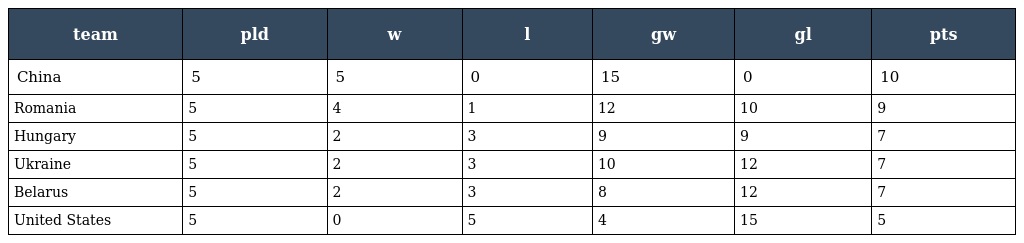
| team | pld | w | l | gw | gl | pts |
 | --- | --- | --- | --- | --- | --- | --- |
 | China | 5 | 5 | 0 | 15 | 0 | 10 |
 | Romania | 5 | 4 | 1 | 12 | 10 | 9 |
 | Hungary | 5 | 2 | 3 | 9 | 9 | 7 |
 | Ukraine | 5 | 2 | 3 | 10 | 12 | 7 |
 | Belarus | 5 | 2 | 3 | 8 | 12 | 7 |
 | United States | 5 | 0 | 5 | 4 | 15 | 5 |